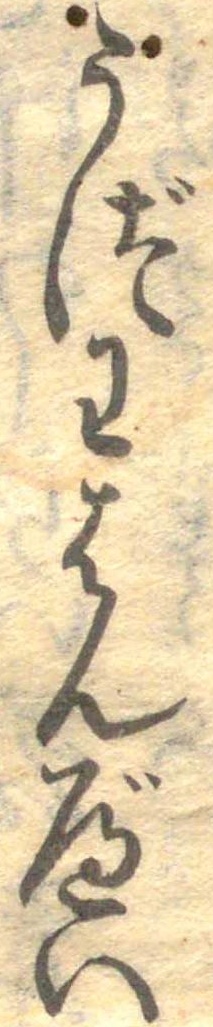
うづわはんべい